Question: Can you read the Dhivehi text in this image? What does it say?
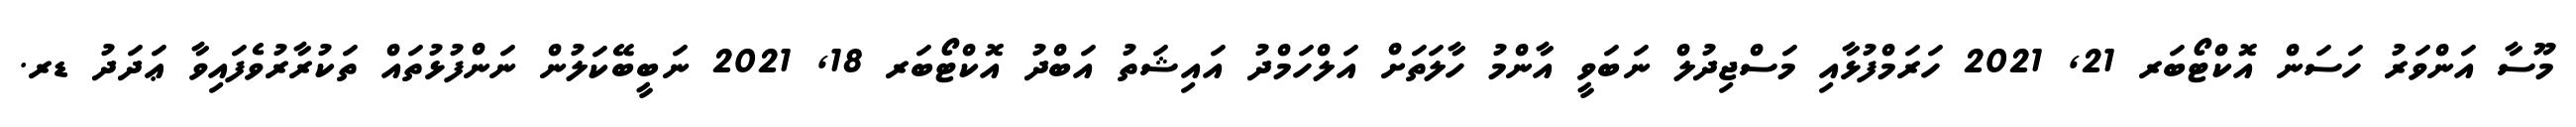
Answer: މޫސާ އަންވަރު ހަސަން އޮކްޓޯބަރ 21, 2021 ހަރަމްފުޅާއި މަސްޖިދުލް ނަބަވީ އާންމު ހާލަތަށް އަލްހަމްދު އައިޝަތު އަބްދު އޮކްޓޯބަރ 18, 2021 ނަބީބޭކަލުން ނަންފުޅުތައް ތަކުރާރުވެފައިވާ ޢަދަދު ޑރ.